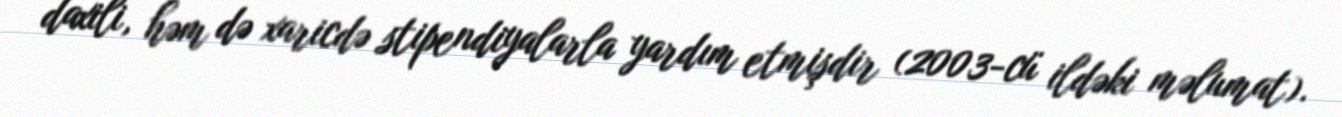
daxili, həm də xaricdə stipendiyalarla yardım etmişdir (2003-cü ildəki məlumat).